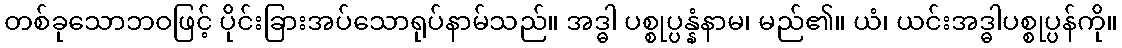
တစ်ခုသောဘဝဖြင့် ပိုင်းခြားအပ်သောရုပ်နာမ်သည်။ အဒ္ဓါ ပစ္စုပ္ပန္နံနာမ၊ မည်၏။ ယံ၊ ယင်းအဒ္ဓါပစ္စုပ္ပန်ကို။